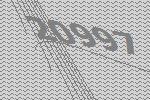
20997